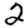
Digit: 2